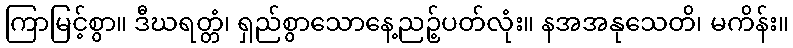
ကြာမြင့်စွာ။ ဒီဃရတ္တံ၊ ရှည်စွာသောနေ့ညဉ့်ပတ်လုံး။ နအအနုသေတိ၊ မကိန်း။